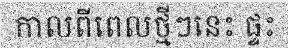
កាលពីពេលថ្មីៗនេះ ផ្ទះ